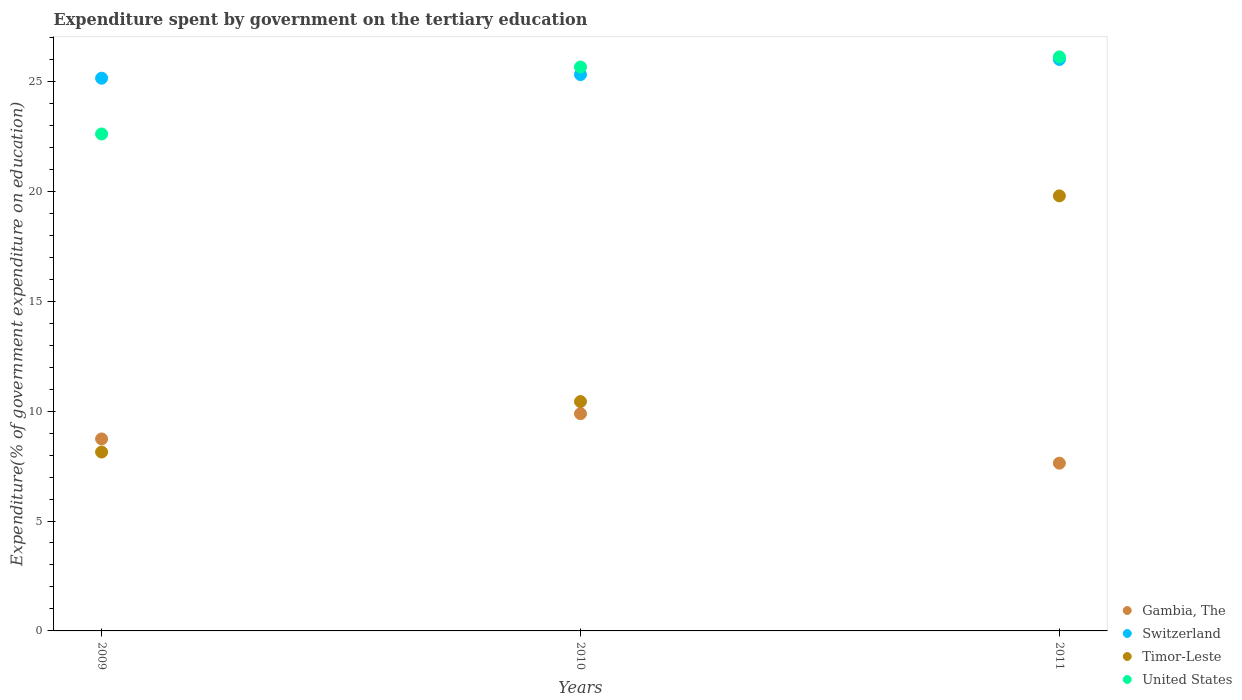
| Years | Gambia, The | Switzerland | Timor-Leste | United States |
 | --- | --- | --- | --- | --- |
 | 2009 | 8.73 | 25.1 | 8.14 | 22.6 |
 | 2010 | 9.88 | 25.3 | 10.4 | 25.7 |
 | 2011 | 7.63 | 26 | 19.8 | 26.1 |